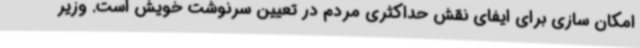
امکان سازی برای ایفای نقش حداکثری مردم در تعیین سرنوشت خویش است. وزیر